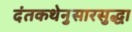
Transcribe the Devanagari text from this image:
दंतकथेनुसारसुद्धा